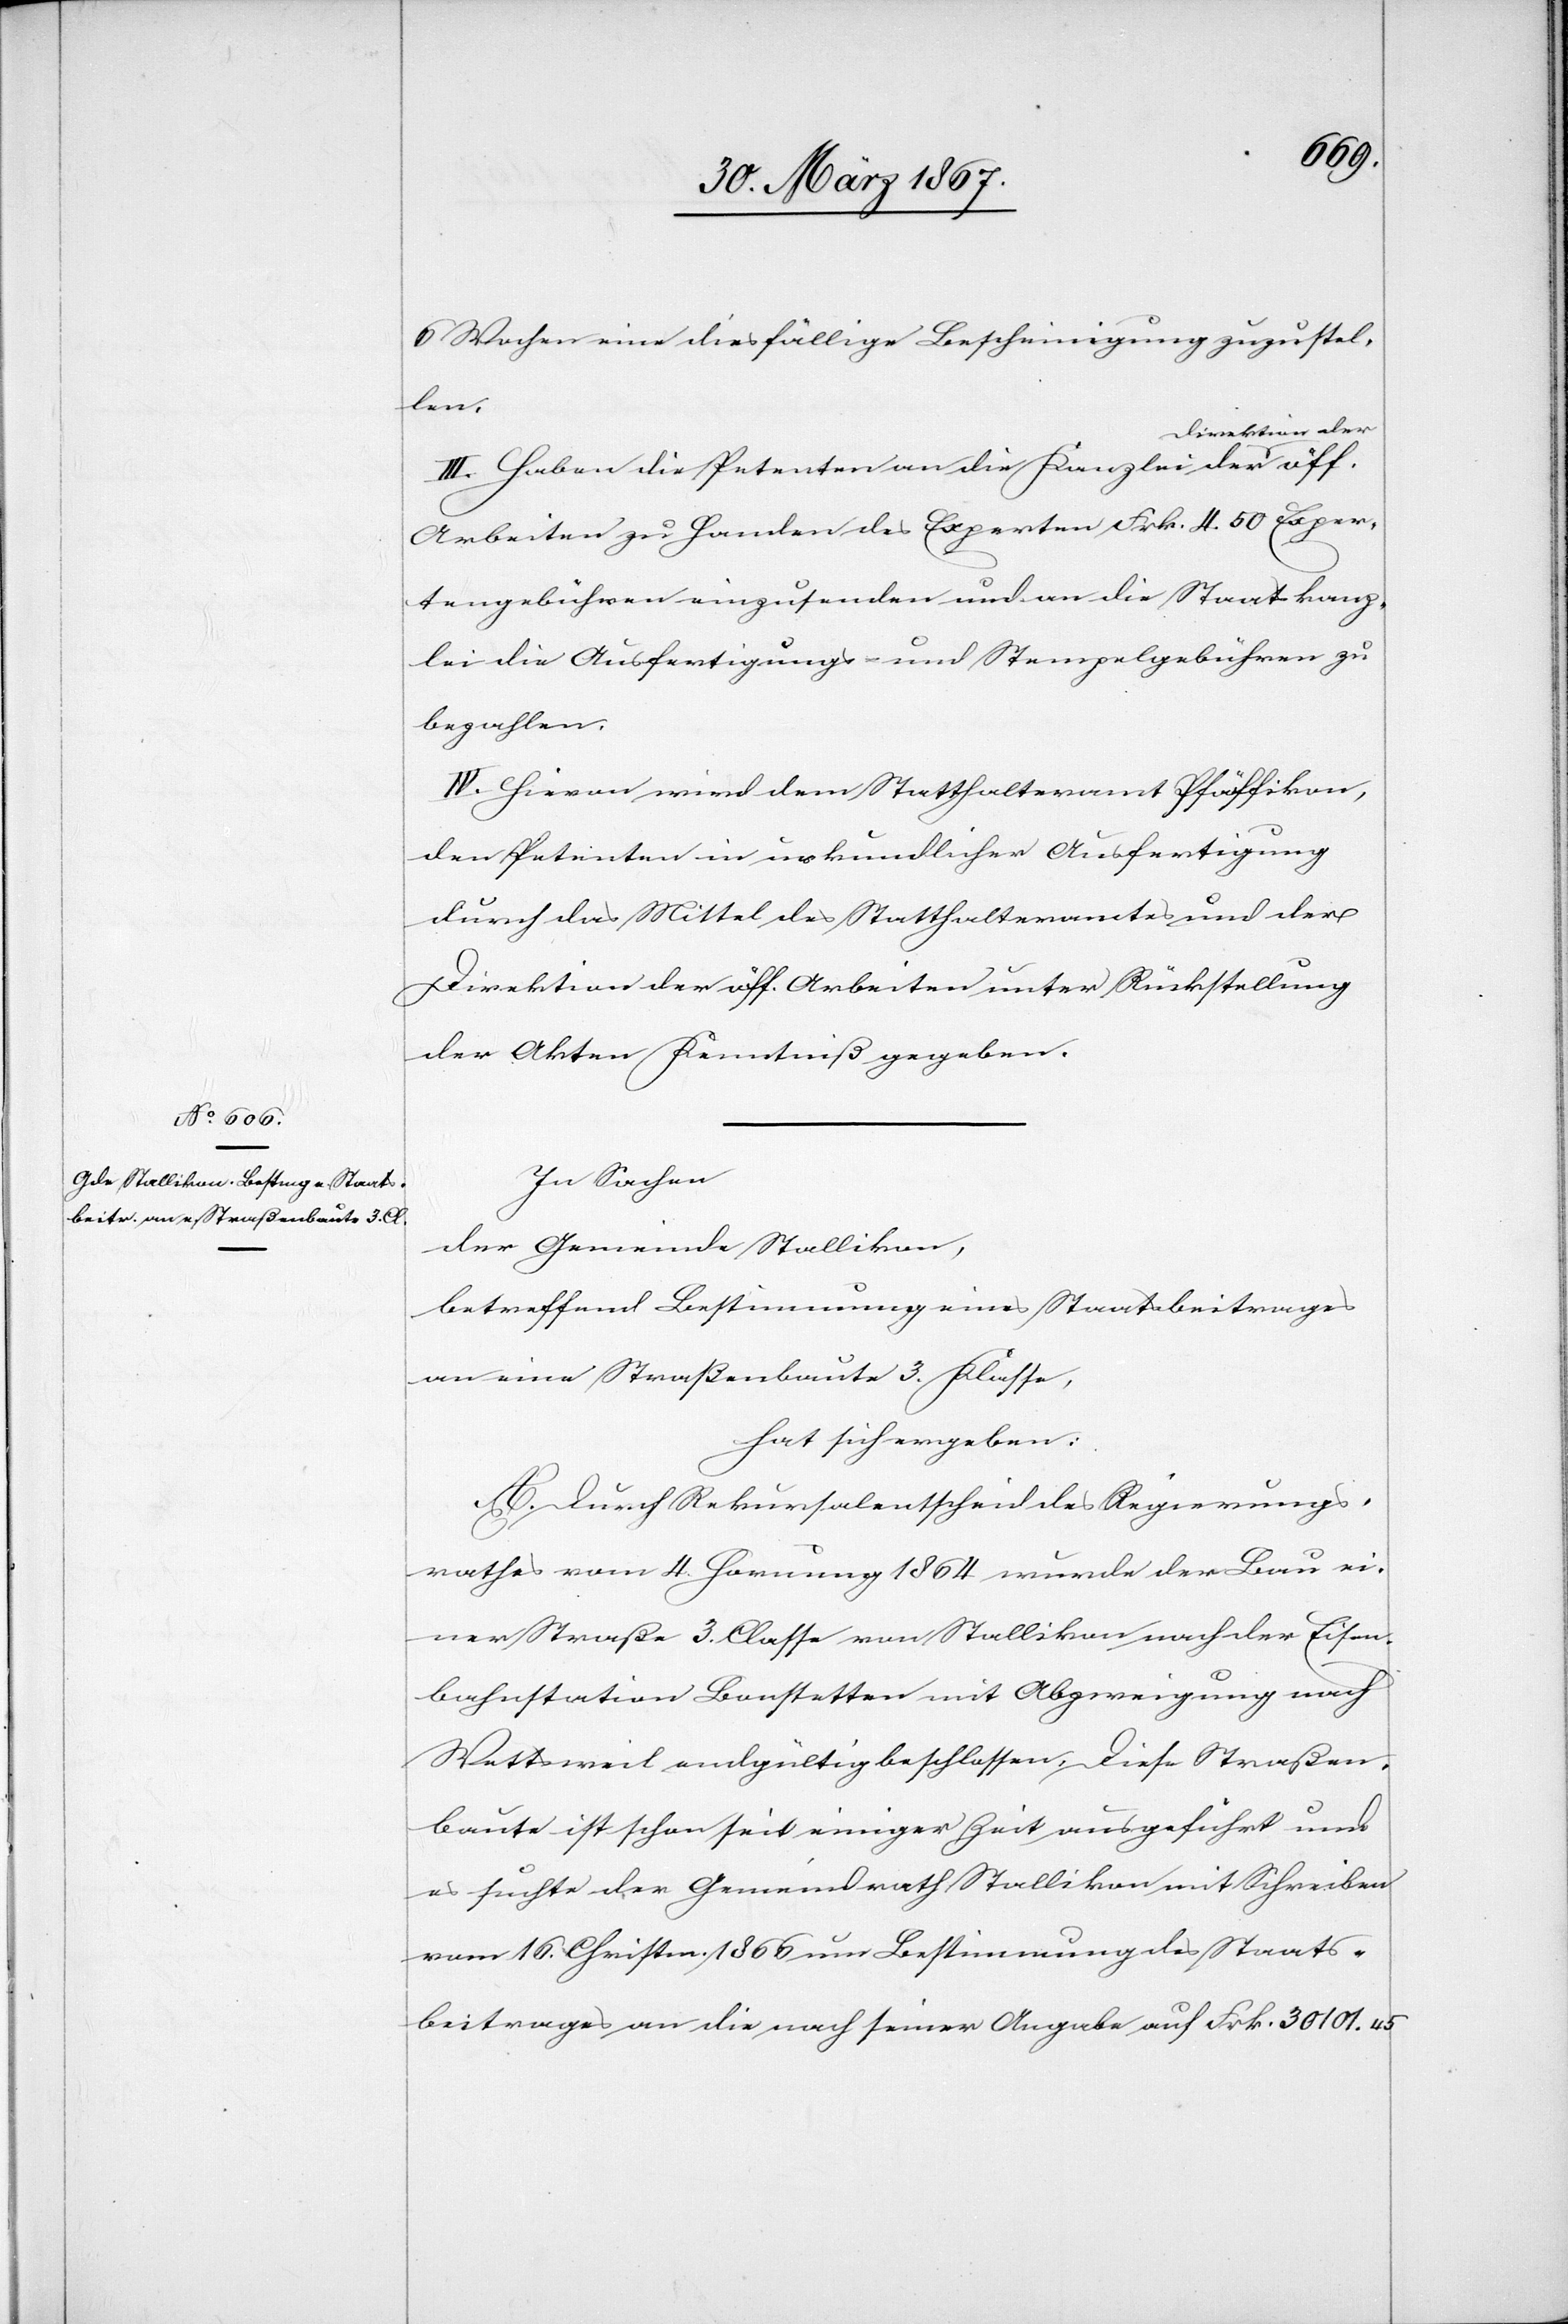
6 Wochen eine diesfällige Bescheinigung zuzustel¬
len.
irektion der
III. Haben die Petenten an die Kanzlei der D¬
Arbeiten zu Handen des Experten Frk. 4.50 Exper¬
tengebühren einzusenden und an die Staatskanz¬
lei die Ausfertigungs- und Stempelgebühren zu
bezahlen.
IV. Hievon wird dem Statthalteramt Pfäffikon,
den Petenten in urkundlicher Ausfertigung
durch das Mittel des Statthalteramtes und der
Direktion der öff. Arbeiten unter Rückstellung
der Akten Kenntniß gegeben.
In Sachen
der Gemeinde Stallikon,
betreffend Bestimmung eines Staatsbeitrages
an eine Straßenbaute 3. Klasse,
hat sich ergeben:
A. Durch Rekursalentscheid des Regierungs¬
rathes vom 4. Hornung 1864 wurde der Bau ei¬
ner Straße 3. Classe von Stallikon nach der Eisen¬
bahnstation Bonstetten mit Abzweigung nach
Wettsweil endgültig beschlossen. Diese Straßen¬
baute ist schon seit einiger Zeit ausgeführt und
es suchte der Gemeindrath Stallikon mit Schreiben
vom 16. Christm. 1866 um Bestimmung des Staats¬
beitrages an die nach seiner Angabe auf Frk. 30101.45